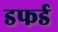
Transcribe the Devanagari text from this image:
डफर्ड